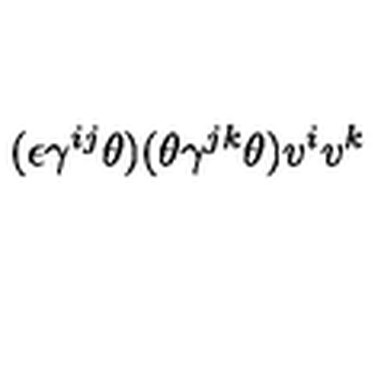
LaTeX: ( \epsilon \gamma ^ { i j } \theta ) ( \theta \gamma ^ { j k } \theta ) v ^ { i } v ^ { k }